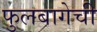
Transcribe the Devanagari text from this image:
फुलबागेची